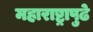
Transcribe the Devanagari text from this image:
महाराष्ट्रापुढे